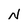
Character: N